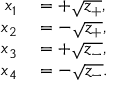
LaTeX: \begin{array} { r l } { x _ { 1 } } & { { } = + { \sqrt { z _ { + } } } , } \\ { x _ { 2 } } & { { } = - { \sqrt { z _ { + } } } , } \\ { x _ { 3 } } & { { } = + { \sqrt { z _ { - } } } , } \\ { x _ { 4 } } & { { } = - { \sqrt { z _ { - } } } . } \end{array}